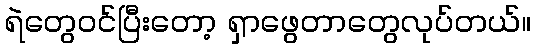
ရဲတွေဝင်ပြီးတော့ ရှာဖွေတာတွေလုပ်တယ်။